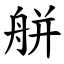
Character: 䑫